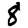
Digit: 8